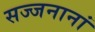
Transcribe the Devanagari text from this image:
सज्जनानां